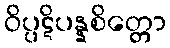
ဝိပ္ပဋိပန္နစိတ္တော